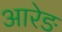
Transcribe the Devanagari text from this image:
आरेङ